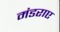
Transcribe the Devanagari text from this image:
मंडराए